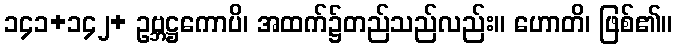
၁၄၁+၁၄၂+ ဥဗ္ဘဋ္ဌကောပိ၊ အထက်၌တည်သည်လည်း။ ဟောတိ၊ ဖြစ်၏။